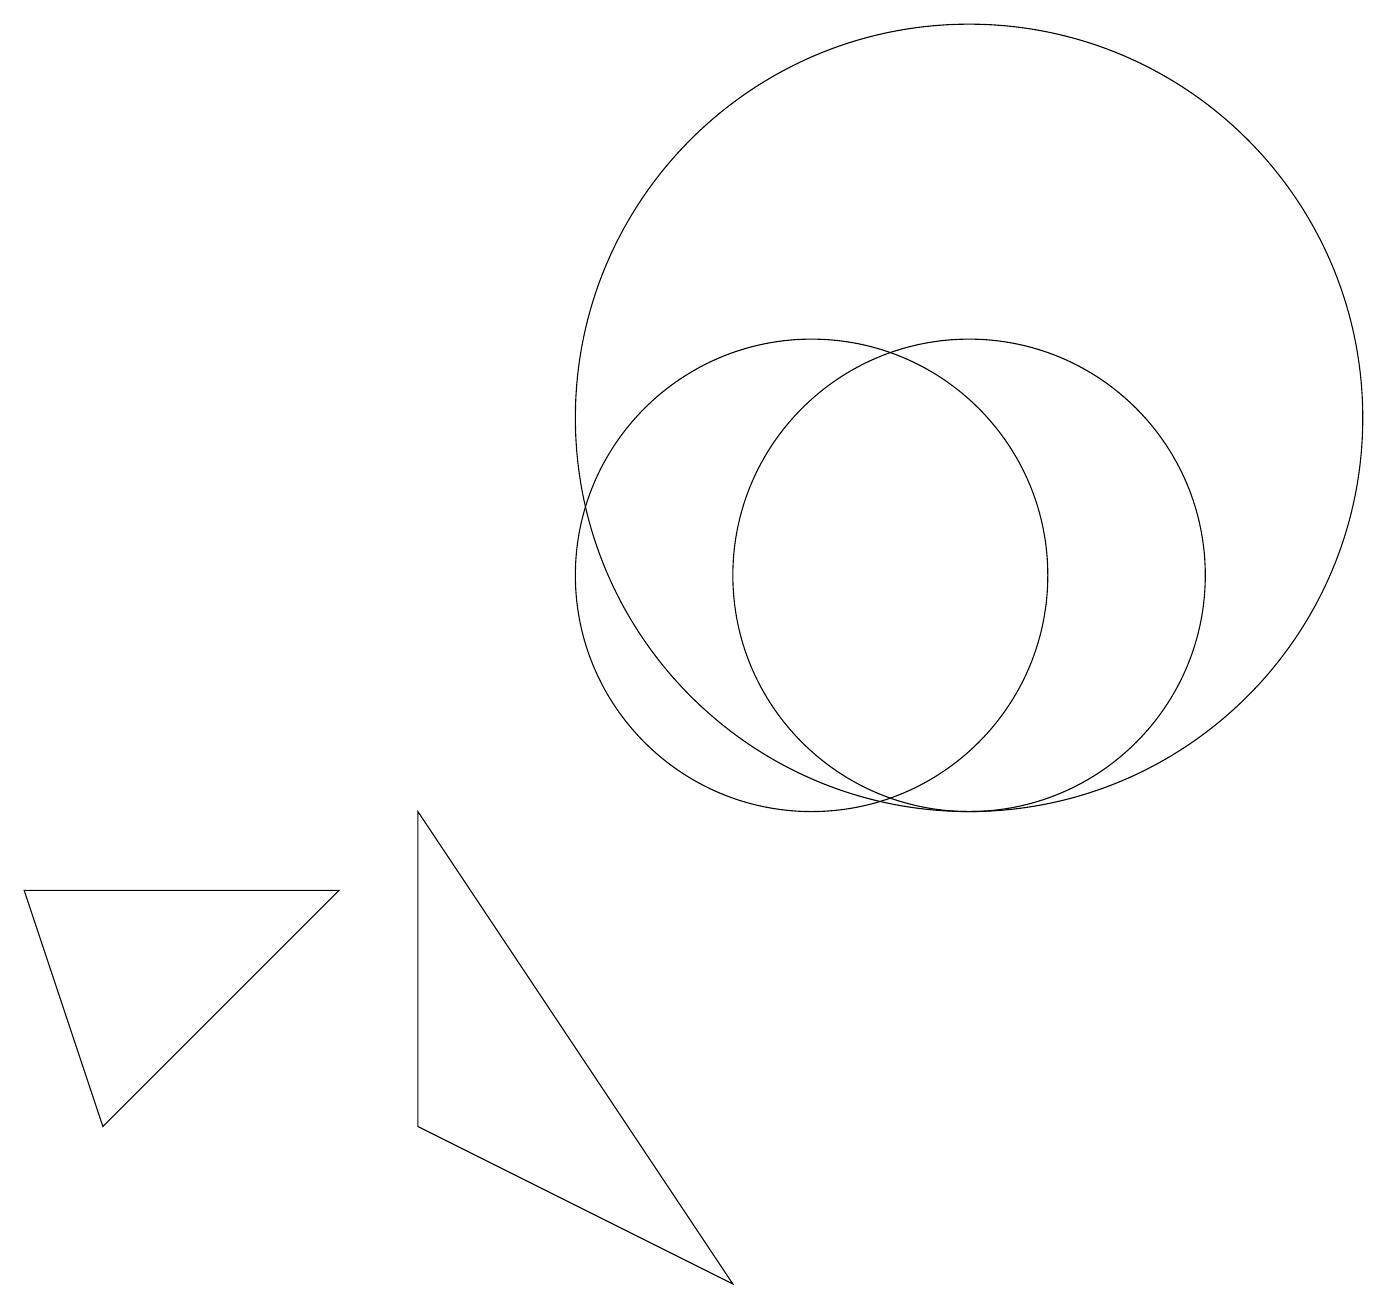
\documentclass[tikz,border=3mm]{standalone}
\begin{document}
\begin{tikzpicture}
\draw (4,6) -- (0,6) -- (1,3) -- cycle;
\draw (12,10) circle (3);
\draw (12,12) circle (5);
\draw (5,3) -- (9,1) -- (5,7) -- cycle;
\draw (10,10) circle (3);
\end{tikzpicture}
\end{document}